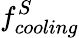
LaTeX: f_{cooling}^{S}